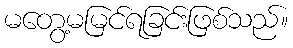
မတွေ့မမြင်ရခြင်းဖြစ်သည်။